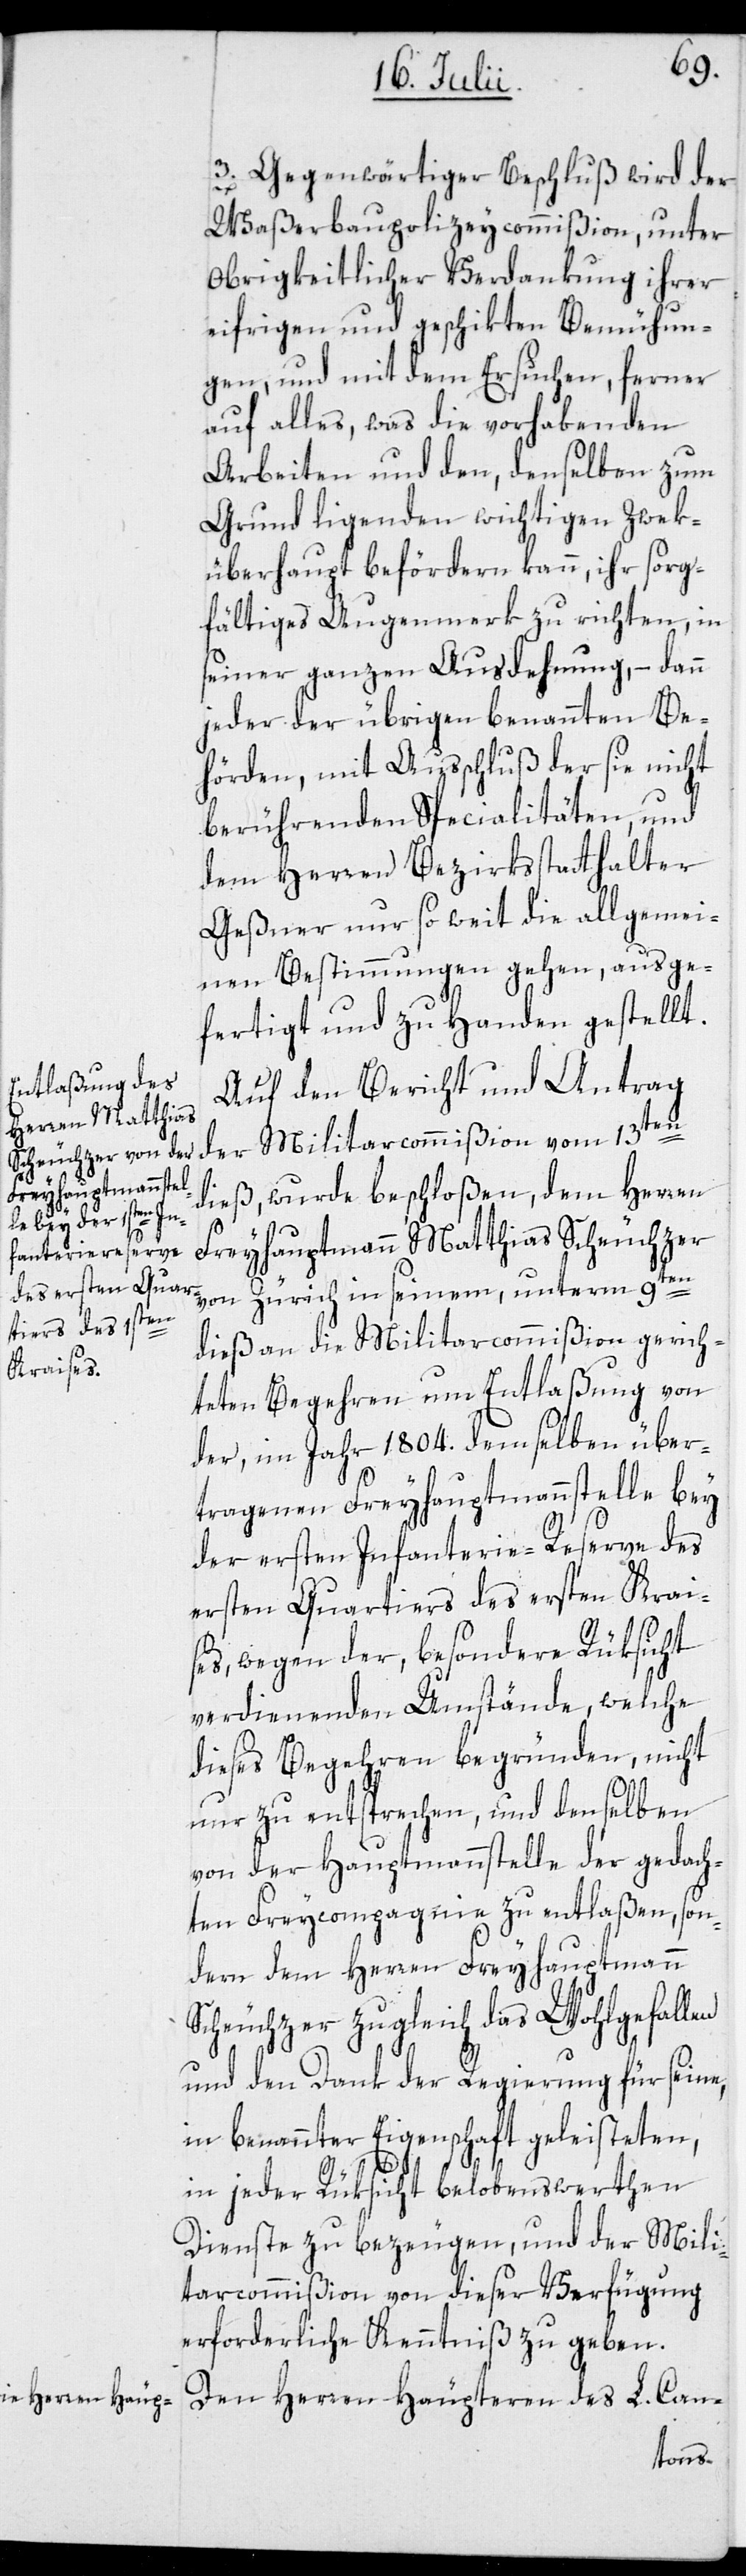
3. Gegenwärtiger Beschluß wird der
Waßerbaupolizeycommißion, unter
Obrigkeitlicher Verdankung ihrer
eifrigen und geschikten Bemühun¬
gen, und mit dem Ersuchen, ferner
auf alles, was die vorhabenden
Arbeiten und den, denselben zum
Grund ligenden wichtigen Zwek
überhaupt befördern kann, ihr sorg¬
fältiges Augenmerk zu richten, in
seiner ganzen Ausdehnung, – dann
jeder der übrigen benannten Be¬
hörden, mit Ausschluß der sie nicht
berührenden Specialitäten, und
dem Herren Bezirksstatthalter
Geßner nur so weit die allgemei¬
nen Bestimmungen gehen, ausge¬
fertigt und zu Handen gestellt.
Auf den Bericht und Antrag
der Militarcommißion vom 13ten
dieß, wurde beschloßen, dem Herren
Freyhauptmann Matthias Scheuchzer
von Zürich in seinem, unterm 9ten
dieß an die Militarcommißion gerich¬
teten Begehren um Entlaßung von
der, im Jahr 1804. demselben über¬
tragenen Freyhauptmannstelle bey
der ersten Infanterie-Reserve des
ersten Quartiers des ersten Krai¬
ses, wegen der, besondere Rüksicht
verdienenden Umstände, welche
dieses Begehren begründen, nicht
nur zu entsprechen, und denselben
von der Hauptmannstelle der gedach¬
ten Freycompagnie zu entlaßen, son¬
dern dem Herren Freyhauptmann
Scheuchzer zugleich das Wohlgefallen
und den Dank der Regierung für seine,
in benannter Eigenschaft geleisteten,
in jeder Rüksicht belobenswerthen
Dienste zu bezeugen, und der Mili¬
tarcommißion von dieser Verfügung
erforderliche Kenntniß zu geben.
Den Herren Häupteren des L. Can-